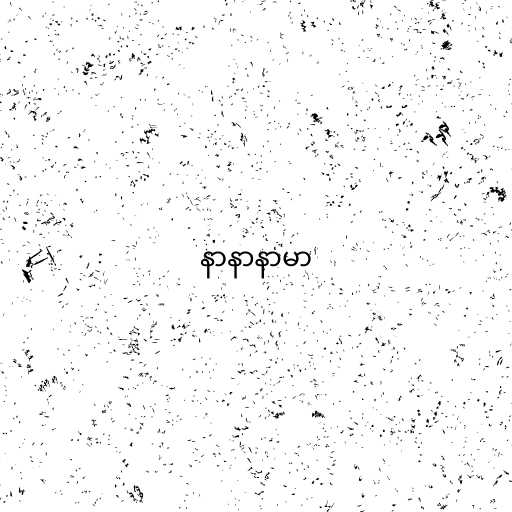
နာနာနာမာ